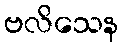
ဗလိသေန